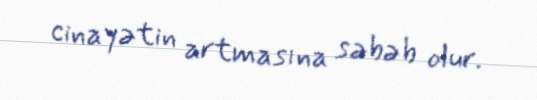
cinayətin artmasına səbəb olur.